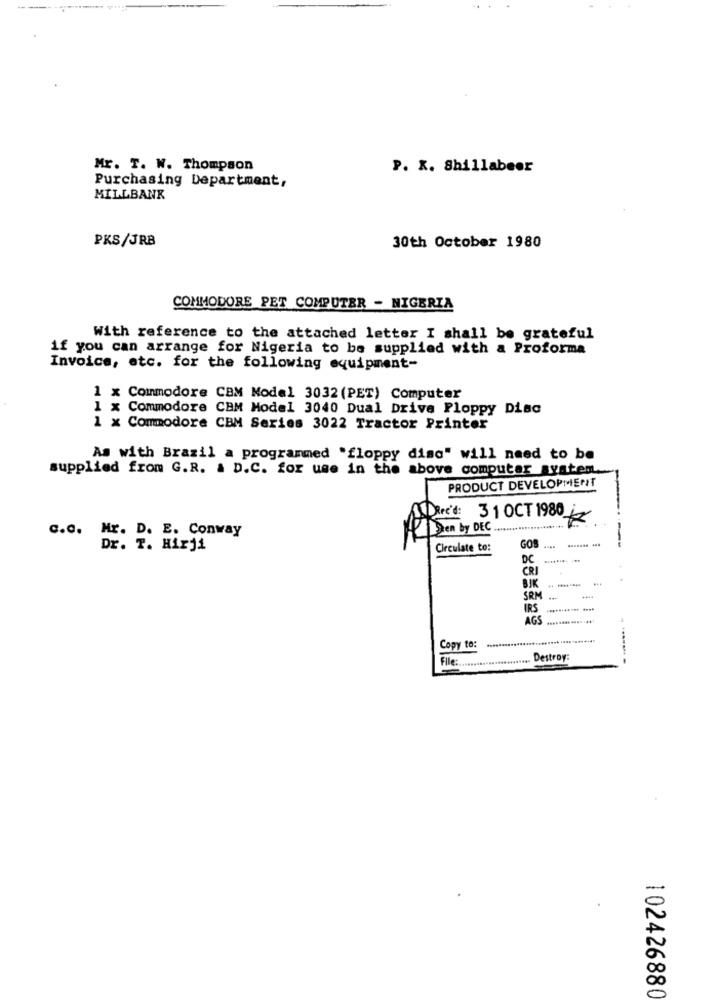
Mr. T. W. Thompson
P. K. Shillabeer
Purchasing Department,
MILLBANK
PKS/JRB
30th October 1980
COMMODORE PET COMPUTER - NIGERIA
With reference to the attached letter I shall be grateful
if you can arrange for Nigeria to be supplied with a Proforma
Invoice, etc. for the following equipment-
1 x Commodore CBM Model 3032 (PET) Computer
1 x Commodore CBM Model 3040 Dual Drive Floppy Disc
1 x Commodore CBM Series 3022 Tractor Printer
As with Brazil a programmed "floppy disc" will need to be
supplied from G.R. & D.C. for use in the above computer system.
PRODUCT DEVELOPMENT
Rec'd: 31 OCT 1980
c.c. Hr. D. E. Conway
Den by DEC
Dr. T. Hirji
Circulate to:
GOS
DC
CRI
BJK
SRM
IRS
AGS
Copy to:
File :........................ Destroy:
102426880